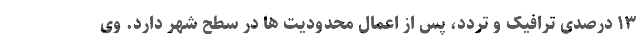
۱۳ درصدی ترافیک و تردد، پس از اعمال محدودیت ها در سطح شهر دارد. وی